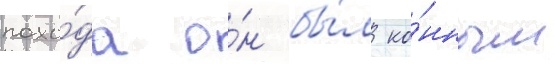
похо́да о́н бы́л ко́нным